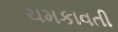
ચમકાવતી